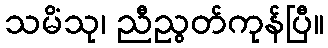
သမိံသု၊ ညီညွတ်ကုန်ပြီ။